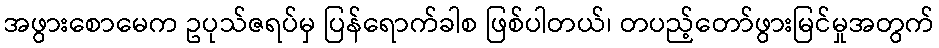
အဖွားစောမေက ဥပုသ်ဇရပ်မှ ပြန်ရောက်ခါစ ဖြစ်ပါတယ်၊ တပည့်တော်ဖွားမြင်မှုအတွက်